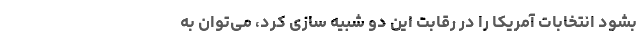
بشود انتخابات آمریکا را در رقابت این دو شبیه سازی کرد، می‌توان به